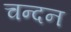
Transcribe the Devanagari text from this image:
चन्‍दन